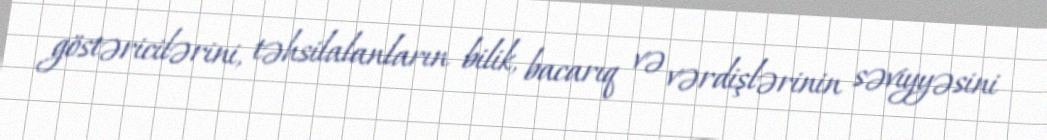
göstəricilərini, təhsilalanların bilik, bacarıq və vərdişlərinin səviyyəsini